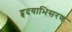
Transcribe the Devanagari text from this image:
हृदयाभिसरण